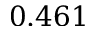
0 . 4 6 1